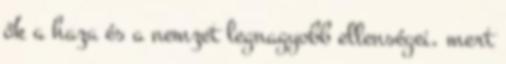
ők a haza és a nemzet legnagyobb ellenségei, mert